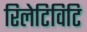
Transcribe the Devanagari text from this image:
रिलेटिविटि